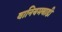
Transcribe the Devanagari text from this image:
वानियमबाडी